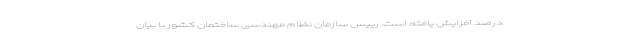
درصد افزایش یافته است. رییس سازمان نظام مهندسی ساختمان کشور با بیان